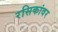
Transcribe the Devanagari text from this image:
रसिकांवर